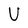
Character: U